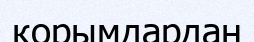
қорымдардан